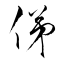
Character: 俤